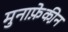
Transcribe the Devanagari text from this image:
मुनाफे़की़न